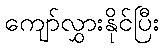
ကျော်လွှားနိုင်ပြီး